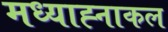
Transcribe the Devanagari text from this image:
मध्याह्नाकल